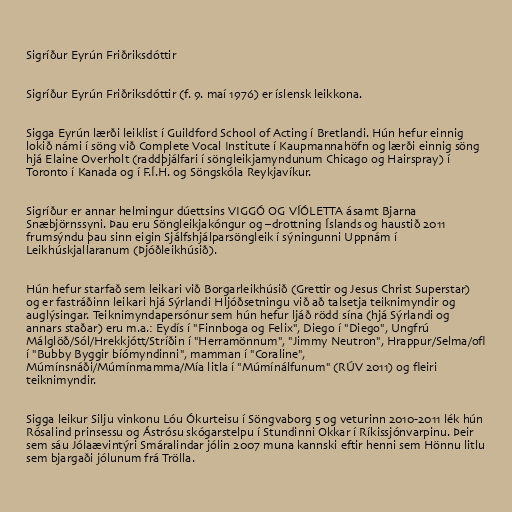
Sigríður Eyrún Friðriksdóttir

Sigríður Eyrún Friðriksdóttir (f. 9. maí 1976) er íslensk leikkona.

Sigga Eyrún lærði leiklist í Guildford School of Acting í Bretlandi. Hún hefur einnig
lokið námi í söng við Complete Vocal Institute í Kaupmannahöfn og lærði einnig söng
hjá Elaine Overholt (raddþjálfari í söngleikjamyndunum Chicago og Hairspray) í
Toronto í Kanada og í F.Í.H. og Söngskóla Reykjavíkur.

Sigríður er annar helmingur dúettsins VIGGÓ OG VÍÓLETTA ásamt Bjarna
Snæbjörnssyni. Þau eru Söngleikjakóngur og –drottning Íslands og haustið 2011
frumsýndu þau sinn eigin Sjálfshjálparsöngleik í sýningunni Uppnám í
Leikhúskjallaranum (Þjóðleikhúsið).

Hún hefur starfað sem leikari við Borgarleikhúsið (Grettir og Jesus Christ Superstar)
og er fastráðinn leikari hjá Sýrlandi Hljóðsetningu við að talsetja teiknimyndir og
auglýsingar. Teiknimyndapersónur sem hún hefur ljáð rödd sína (hjá Sýrlandi og
annars staðar) eru m.a.: Eydís í "Finnboga og Felix", Diego í "Diego", Ungfrú
Málglöð/Sól/Hrekkjótt/Stríðin í "Herramönnum", "Jimmy Neutron", Hrappur/Selma/ofl
í "Bubby Byggir bíómyndinni", mamman í "Coraline",
Múmínsnáði/Múmínmamma/Mía litla í "Múmínálfunum" (RÚV 2011) og fleiri
teiknimyndir.

Sigga leikur Silju vinkonu Lóu Ókurteisu í Söngvaborg 5 og veturinn 2010-2011 lék hún
Rósalind prinsessu og Ástrósu skógarstelpu í Stundinni Okkar í Ríkissjónvarpinu. Þeir
sem sáu Jólaævintýri Smáralindar jólin 2007 muna kannski eftir henni sem Hönnu litlu
sem bjargaði jólunum frá Trölla.